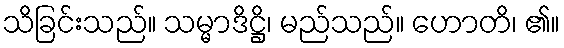
သိခြင်းသည်။ သမ္မာဒိဋ္ဌိ၊ မည်သည်။ ဟောတိ၊ ၏။